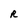
Character: R